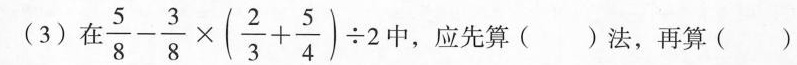
(3) 在$$\frac{ 5 } { 8 }- \frac{ 3 } { 8 }×(\frac{ 2 } { 3 }+ \frac{ 5 } { 4 })÷2$$中，应先算()法，再算()